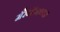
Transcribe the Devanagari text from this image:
मॅरेथॉनच्या